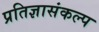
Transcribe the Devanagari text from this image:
प्रतिज्ञासंकल्प